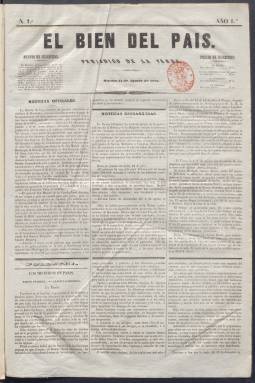
Título: El Bien del país
Colección: Periódicos anteriores a 1850
Ámbito geográfico: Madrid
Lugar de publicación: Madrid
Fechas: 15/08/1843-31/01/1844